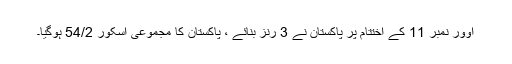
اوور نمبر 11 کے اختتام پر پاکستان نے 3 رنز بنائے ، پاکستان کا مجموعی اسکور 54/2 ہوگیا۔